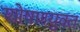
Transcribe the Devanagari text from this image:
शोषणयुक्त